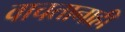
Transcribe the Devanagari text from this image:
वाचतानाही